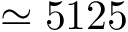
\simeq 5 1 2 5